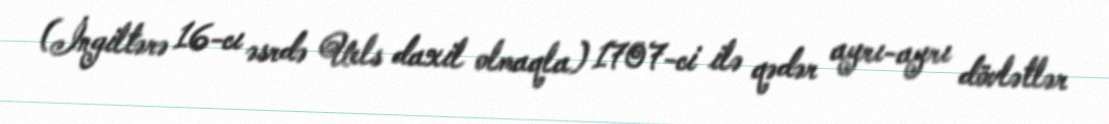
(İngiltərə 16-cı əsrdə Uels daxil olmaqla) 1707-ci ilə qədər ayrı-ayrı dövlətlər